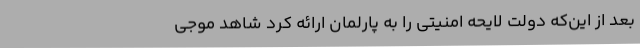
بعد از این‌که دولت لایحه امنیتی را به پارلمان ارائه کرد شاهد موجی